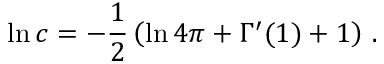
\ln c = - \frac { 1 } { 2 } \left( \ln 4 \pi + \Gamma ^ { \prime } ( 1 ) + 1 \right) \, .